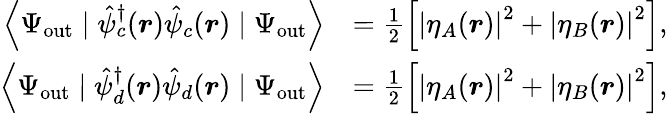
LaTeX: \begin{array}{rl}{\left\langle\Psi_{\mathrm{out}}\mid\hat{\psi}_{c}^{\dagger}(\boldsymbol{r})\hat{\psi}_{c}(\boldsymbol{r})\mid\Psi_{\mathrm{out}}\right\rangle}&{=\frac{1}{2}\left[\left|\eta_{A}(\boldsymbol{r})\right|^{2}+\left|\eta_{B}(\boldsymbol{r})\right|^{2}\right],}\\ {\left\langle\Psi_{\mathrm{out}}\mid\hat{\psi}_{d}^{\dagger}(\boldsymbol{r})\hat{\psi}_{d}(\boldsymbol{r})\mid\Psi_{\mathrm{out}}\right\rangle}&{=\frac{1}{2}\left[\left|\eta_{A}(\boldsymbol{r})\right|^{2}+\left|\eta_{B}(\boldsymbol{r})\right|^{2}\right],}\end{array}